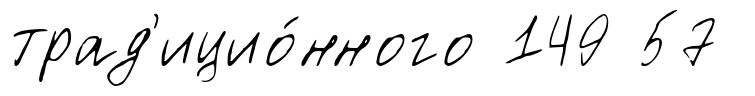
трад'ицио́нного 149 57